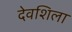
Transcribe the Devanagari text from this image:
देवशिला